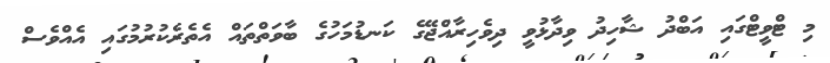
މި ޓްވީޓްގައި އަބްދު ޝާހިދު ވިދާޅުވީ ދިވެހިރާއްޖޭގެ ކަނޑުމަހުގެ ބާވަތްތައް އެތެރެކުރުމުގައި އެއްވެސް